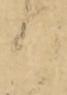
り